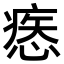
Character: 𢞱